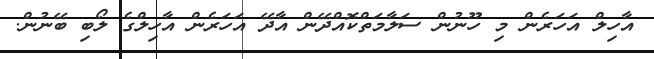
އާހިލް އަހަރެން މި ހޫނުން ސަލާމަތްކޮއްދޭން އާދޭ އަހަރެން އާހިލްގެ ލޯބި ބޭނުން.